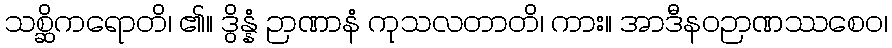
သစ္ဆိကရောတိ၊ ၏။ ဒွိန္နံ ဉာဏာနံ ကုသလတာတိ၊ ကား။ အာဒီနဝဉာဏဿစေဝ၊